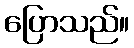
ပြောသည်။